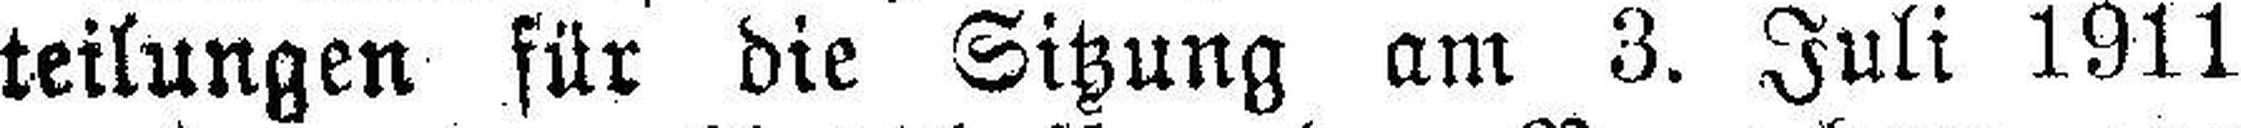
teilungen für die Sitzung am 3. Juli 1911